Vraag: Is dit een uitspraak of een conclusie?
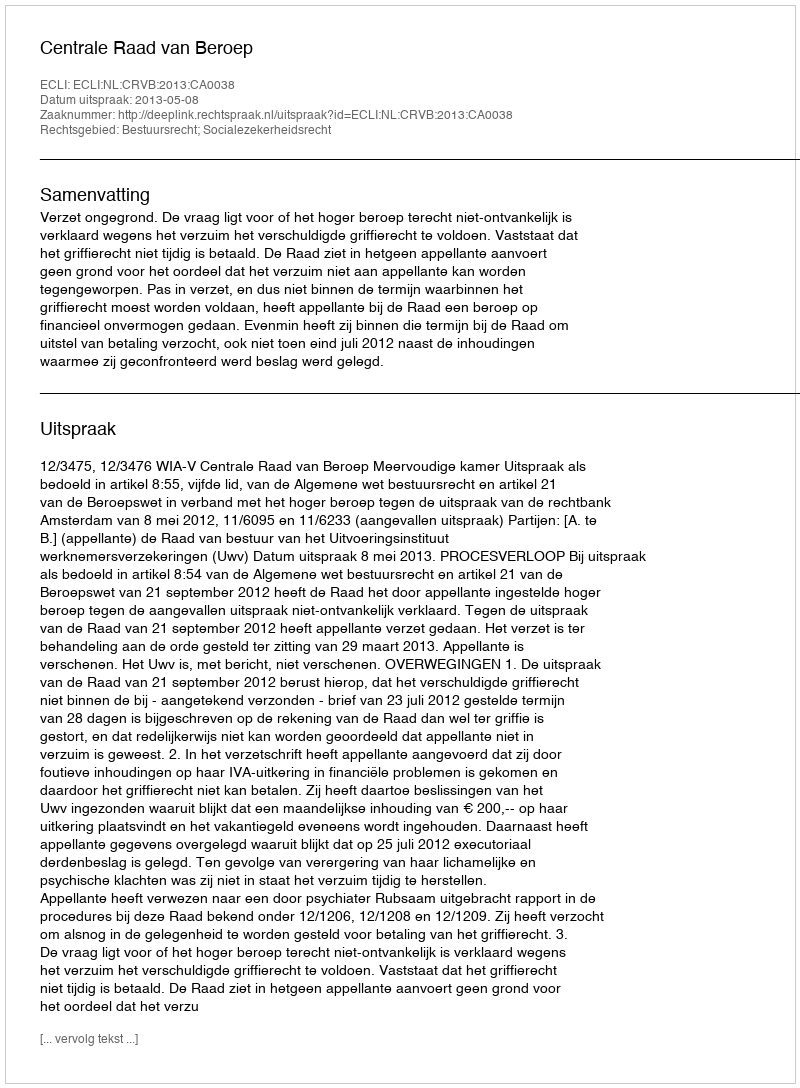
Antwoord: Uitspraak